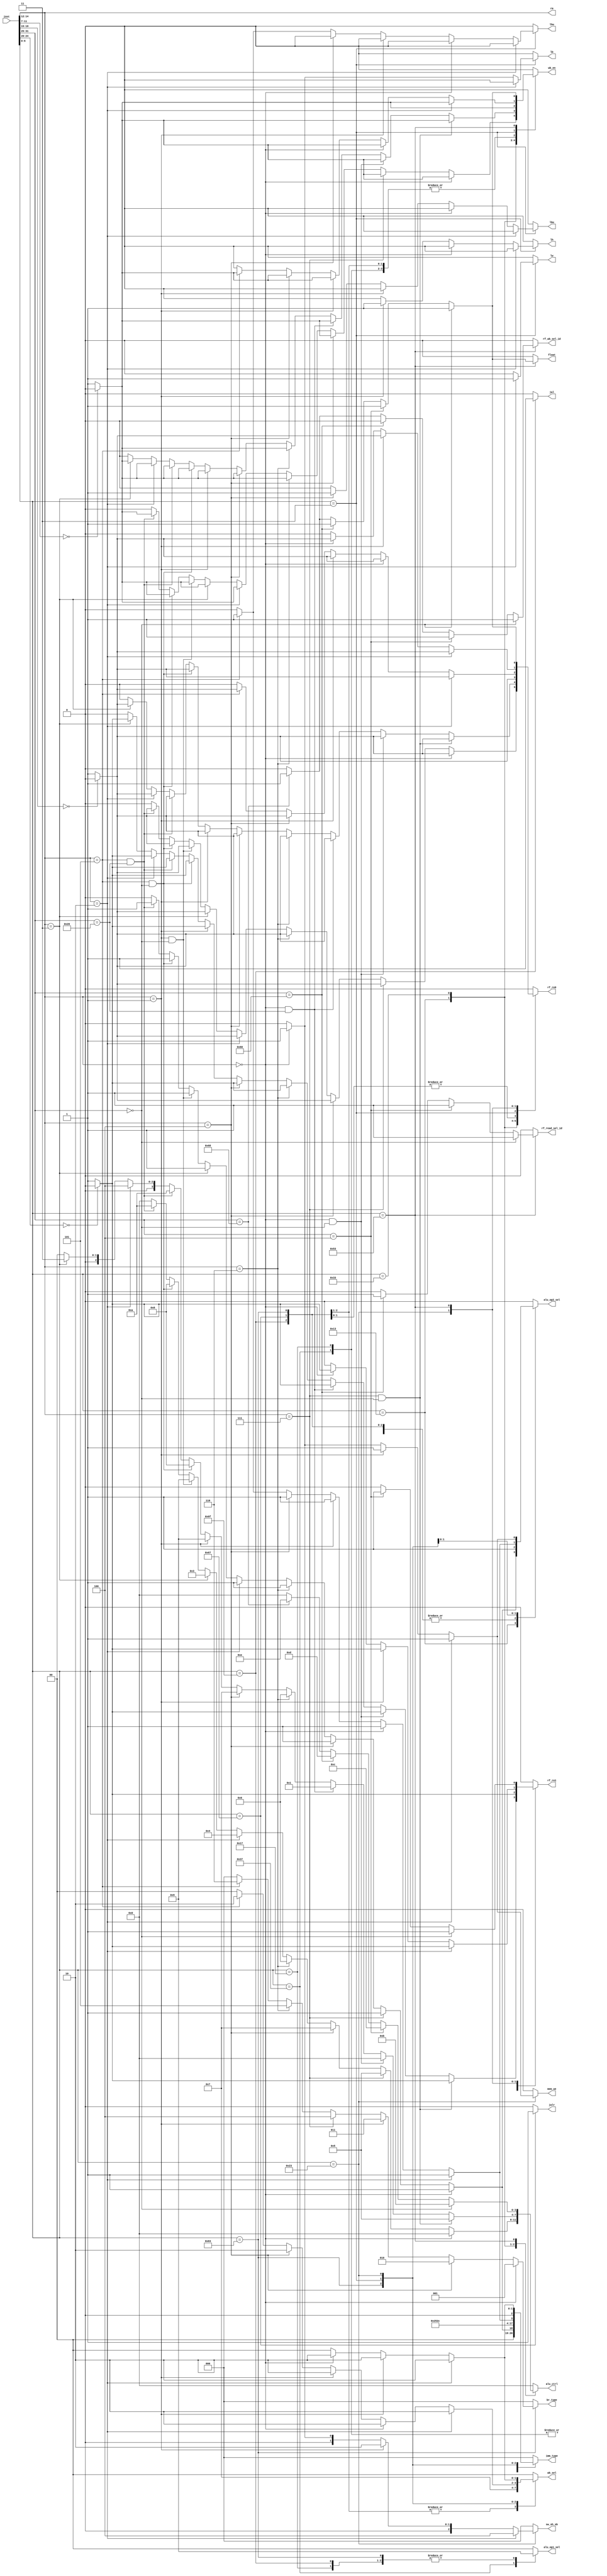
`timescale 1ns / 1ps

module CTRL(
input     [31:0] inst,
output reg       jal,jalr,
output reg [2:0] br_type,
output reg       wb_en,//write_back,RF
output reg [1:0] wb_sel,
output reg [1:0] alu_op1_sel,
output reg       alu_op2_sel,
output reg [3:0] alu_ctrl,
output reg [2:0] imm_type,
output reg       mem_we,
output reg       lb,lw,lh,lbu,lhu,
output reg [2:0] sw_sh_sb,

output reg rf_re0,
output reg rf_re1,

output reg float,//
output reg rf_read_sel_id,//
output reg rf_wb_sel_id,//
output [2:0] rm
);

assign rm=inst[14:12];

always @(*) begin
    case (inst[6:0])
        7'b0010011: begin
        if(inst[14:12]==3'b000)//addi
        begin 
            jal=0;
            jalr=0;
            lb=0;lh=0;lw=0;lbu=0;lhu=0;
            sw_sh_sb=3'b000;
            br_type=3'b00;//not branch
            if(inst[11:7]==3'b000) wb_en=1'b0;//write back
            else wb_en=1'b1;
            wb_sel=2'b0;//alu out
            alu_op1_sel=2'b00;//inst[19:15]
            alu_op2_sel=1'b1;//imm
            alu_ctrl=4'b0000;//+
            imm_type=3'b001;//I-type
            mem_we=1'b0;//do not write mem

            if(inst[19:15]==3'b000) rf_re0=1'b0;
            else rf_re0=1'b1;
            rf_re1=1'b0;

            float=0;
            rf_read_sel_id=0;
            rf_wb_sel_id=0;
        end
        else if(inst[14:12]==3'b111)//andi
        begin
            jal=0;
            jalr=0;
            lb=0;lh=0;lw=0;lbu=0;lhu=0;
            sw_sh_sb=3'b000;
            br_type=3'b00;//not branch
            if(inst[11:7]==3'b000) wb_en=1'b0;//write back
            else wb_en=1'b1;
            wb_sel=2'b0;//alu out
            alu_op1_sel=2'b00;//inst[19:15]
            alu_op2_sel=1'b1;//imm
            alu_ctrl=4'b0101;//&
            imm_type=3'b001;//I-type
            mem_we=1'b0;//do not write mem

            if(inst[19:15]==3'b000) rf_re0=1'b0;
            else rf_re0=1'b1;
            rf_re1=1'b0;

            float=0;
            rf_read_sel_id=0;
            rf_wb_sel_id=0;
        end
        else if(inst[14:12]==3'b100)//xori
        begin
            jal=0;
            jalr=0;
            lb=0;lh=0;lw=0;lbu=0;lhu=0;
            sw_sh_sb=3'b000;
            br_type=3'b00;//not branch
            if(inst[11:7]==3'b000) wb_en=1'b0;//write back
            else wb_en=1'b1;
            wb_sel=2'b0;//alu out
            alu_op1_sel=2'b00;//inst[19:15]
            alu_op2_sel=1'b1;//imm
            alu_ctrl=4'b0111;//^
            imm_type=3'b001;//I-type
            mem_we=1'b0;//do not write mem

            if(inst[19:15]==3'b000) rf_re0=1'b0;
            else rf_re0=1'b1;
            rf_re1=1'b0;

            float=0;
            rf_read_sel_id=0;
            rf_wb_sel_id=0;
        end
        else if(inst[14:12]==3'b110)//ori
        begin
            jal=0;
            jalr=0;
            lb=0;lh=0;lw=0;lbu=0;lhu=0;
            sw_sh_sb=3'b000;
            br_type=3'b00;//not branch
            if(inst[11:7]==3'b000) wb_en=1'b0;//write back
            else wb_en=1'b1;
            wb_sel=2'b0;//alu out
            alu_op1_sel=2'b00;//inst[19:15]
            alu_op2_sel=1'b1;//imm
            alu_ctrl=4'b0110;//|
            imm_type=3'b001;//I-type
            mem_we=1'b0;//do not write mem

            if(inst[19:15]==3'b000) rf_re0=1'b0;
            else rf_re0=1'b1;
            rf_re1=1'b0;

            float=0;
            rf_read_sel_id=0;
            rf_wb_sel_id=0;
        end
        else if(inst[14:12]==3'b010)//slti
        begin
            jal=0;
            jalr=0;
            lb=0;lh=0;lw=0;lbu=0;lhu=0;
            sw_sh_sb=3'b000;
            br_type=3'b00;//not branch
            if(inst[11:7]==3'b000) wb_en=1'b0;//write back
            else wb_en=1'b1;
            wb_sel=2'b0;//alu out
            alu_op1_sel=2'b00;//inst[19:15]
            alu_op2_sel=1'b1;//imm
            alu_ctrl=4'b0100;//< signed
            imm_type=3'b001;//I-type
            mem_we=1'b0;//do not write mem

            if(inst[19:15]==3'b000) rf_re0=1'b0;
            else rf_re0=1'b1;
            rf_re1=1'b0;

            float=0;
            rf_read_sel_id=0;
            rf_wb_sel_id=0;
        end
        else if(inst[14:12]==3'b011)//sltiu
        begin
            jal=0;
            jalr=0;
            lb=0;lh=0;lw=0;lbu=0;lhu=0;
            sw_sh_sb=3'b000;
            br_type=3'b00;//not branch
            if(inst[11:7]==3'b000) wb_en=1'b0;//write back
            else wb_en=1'b1;
            wb_sel=2'b0;//alu out
            alu_op1_sel=2'b00;//inst[19:15]
            alu_op2_sel=1'b1;//imm
            alu_ctrl=4'b0011;//< unsigned
            imm_type=3'b001;//I-type
            mem_we=1'b0;//do not write mem

            if(inst[19:15]==3'b000) rf_re0=1'b0;
            else rf_re0=1'b1;
            rf_re1=1'b0;

            float=0;
            rf_read_sel_id=0;
            rf_wb_sel_id=0;
        end
        else if(inst[14:12]==3'b001 && inst[31:25]==7'b0)//slli
        begin
            jal=0;
            jalr=0;
            lb=0;lh=0;lw=0;lbu=0;lhu=0;
            sw_sh_sb=3'b000;
            br_type=3'b00;//not branch
            if(inst[11:7]==3'b000) wb_en=1'b0;//write back
            else wb_en=1'b1;
            wb_sel=2'b0;//alu out
            alu_op1_sel=2'b00;//inst[19:15]
            alu_op2_sel=1'b1;//imm
            alu_ctrl=4'b1001;//<<
            imm_type=3'b001;//I-type
            mem_we=1'b0;//do not write mem

            if(inst[19:15]==3'b000) rf_re0=1'b0;
            else rf_re0=1'b1;
            rf_re1=1'b0;

            float=0;
            rf_read_sel_id=0;
            rf_wb_sel_id=0;
        end
        else if(inst[14:12]==3'b101 && inst[31:25]==7'b0)//srli
        begin
            jal=0;
            jalr=0;
            lb=0;lh=0;lw=0;lbu=0;lhu=0;
            sw_sh_sb=3'b000;
            br_type=3'b00;//not branch
            if(inst[11:7]==3'b000) wb_en=1'b0;//write back
            else wb_en=1'b1;
            wb_sel=2'b0;//alu out
            alu_op1_sel=2'b00;//inst[19:15]
            alu_op2_sel=1'b1;//imm
            alu_ctrl=4'b1000;//>>
            imm_type=3'b001;//I-type
            mem_we=1'b0;//do not write mem

            if(inst[19:15]==3'b000) rf_re0=1'b0;
            else rf_re0=1'b1;
            rf_re1=1'b0;

            float=0;
            rf_read_sel_id=0;
            rf_wb_sel_id=0;
        end
        else if(inst[14:12]==3'b101 && inst[31:25]==7'b0100000)//srai
        begin
            jal=0;
            jalr=0;
            lb=0;lh=0;lw=0;lbu=0;lhu=0;
            sw_sh_sb=3'b000;
            br_type=3'b00;//not branch
            if(inst[11:7]==3'b000) wb_en=1'b0;//write back
            else wb_en=1'b1;
            wb_sel=2'b0;//alu out
            alu_op1_sel=2'b00;//inst[19:15]
            alu_op2_sel=1'b1;//imm
            alu_ctrl=4'b1010;//>>>
            imm_type=3'b001;//I-type
            mem_we=1'b0;//do not write mem

            if(inst[19:15]==3'b000) rf_re0=1'b0;
            else rf_re0=1'b1;
            rf_re1=1'b0;

            float=0;
            rf_read_sel_id=0;
            rf_wb_sel_id=0;
        end
        else//0
            begin
                jal=0;
                jalr=0;
                lb=0;lh=0;lw=0;lbu=0;lhu=0;
                sw_sh_sb=3'b000;
                br_type=3'b00;//not branch
                wb_en=1'b0;//do not write back
                wb_sel=2'b00;//
                alu_op1_sel=2'b00;//rs1
                alu_op2_sel=1'b0;//rs2
                alu_ctrl=4'b0000;//+
                imm_type=3'b000;//R-type
                mem_we=1'b0;//do not write mem
                rf_re0=1'b0;
                rf_re1=1'b0;
                float=0;
                rf_read_sel_id=0;
                rf_wb_sel_id=0;
            end
        end

        7'b0110011: begin 
            if(inst[14:12]==3'b111 && inst[31:25]==7'b0)//and
            begin
                jal=0;
                jalr=0;
                lb=0;lh=0;lw=0;lbu=0;lhu=0;
                sw_sh_sb=3'b000;
                br_type=3'b00;//not branch
                if(inst[11:7]==3'b000) wb_en=1'b0;//write back
                else wb_en=1'b1;
                wb_sel=2'b0;//alu out
                alu_op1_sel=2'b00;//inst[19:15]
                alu_op2_sel=1'b0;//inst[24:20]
                alu_ctrl=4'b0101;//&
                imm_type=3'b000;//R-type
                mem_we=1'b0;//do not write mem

                if(inst[19:15]==3'b000) rf_re0=1'b0;
                else rf_re0=1'b1;
                if(inst[24:20]==3'b000) rf_re1=1'b0;
                else rf_re1=1'b1;

                float=0;
                rf_read_sel_id=0;
                rf_wb_sel_id=0;
            end
            else if(inst[14:12]==3'b000 && inst[31:25]==7'b0)//add
            begin
                jal=0;
                jalr=0;
                lb=0;lh=0;lw=0;lbu=0;lhu=0;
                sw_sh_sb=3'b000;
                br_type=3'b00;//not branch
                if(inst[11:7]==3'b000) wb_en=1'b0;//write back
                else wb_en=1'b1;
                wb_sel=2'b0;//alu out
                alu_op1_sel=2'b00;//inst[19:15]
                alu_op2_sel=1'b0;//inst[24:20]
                alu_ctrl=4'b0000;//+
                imm_type=3'b000;//R-type
                mem_we=1'b0;//do not write mem

                if(inst[19:15]==3'b000) rf_re0=1'b0;
                else rf_re0=1'b1;
                if(inst[24:20]==3'b000) rf_re1=1'b0;
                else rf_re1=1'b1;

                float=0;
                rf_read_sel_id=0;
                rf_wb_sel_id=0;
            end
            else if(inst[14:12]==3'b000 && inst[31:25]==7'b0100000)//sub
            begin
                jal=0;
                jalr=0;
                lb=0;lh=0;lw=0;lbu=0;lhu=0;
                sw_sh_sb=3'b000;
                br_type=3'b00;//not branch
                if(inst[11:7]==3'b000) wb_en=1'b0;//write back
                else wb_en=1'b1;
                wb_sel=2'b0;//alu out
                alu_op1_sel=2'b00;//inst[19:15]
                alu_op2_sel=1'b0;//inst[24:20]
                alu_ctrl=4'b0001;//-
                imm_type=3'b000;//R-type
                mem_we=1'b0;//do not write mem

                if(inst[19:15]==3'b000) rf_re0=1'b0;
                else rf_re0=1'b1;
                if(inst[24:20]==3'b000) rf_re1=1'b0;
                else rf_re1=1'b1;

                float=0;
                rf_read_sel_id=0;
                rf_wb_sel_id=0;
            end
            else if(inst[14:12]==3'b110)//or
            begin
                jal=0;
                jalr=0;
                lb=0;lh=0;lw=0;lbu=0;lhu=0;
                sw_sh_sb=3'b000;
                br_type=3'b00;//not branch
                if(inst[11:7]==3'b000) wb_en=1'b0;//write back
                else wb_en=1'b1;
                wb_sel=2'b0;//alu out
                alu_op1_sel=2'b00;//inst[19:15]
                alu_op2_sel=1'b0;//inst[24:20]
                alu_ctrl=4'b0110;//|
                imm_type=3'b000;//R-type
                mem_we=1'b0;//do not write mem

                if(inst[19:15]==3'b000) rf_re0=1'b0;
                else rf_re0=1'b1;
                if(inst[24:20]==3'b000) rf_re1=1'b0;
                else rf_re1=1'b1;

                float=0;
                rf_read_sel_id=0;
                rf_wb_sel_id=0;
            end
            else if(inst[14:12]==3'b100)//xor
            begin
                jal=0;
                jalr=0;
                lb=0;lh=0;lw=0;lbu=0;lhu=0;
                sw_sh_sb=3'b000;
                br_type=3'b00;//not branch
                if(inst[11:7]==3'b000) wb_en=1'b0;//write back
                else wb_en=1'b1;
                wb_sel=2'b0;//alu out
                alu_op1_sel=2'b00;//inst[19:15]
                alu_op2_sel=1'b0;//inst[24:20]
                alu_ctrl=4'b0111;//^
                imm_type=3'b000;//R-type
                mem_we=1'b0;//do not write mem

                if(inst[19:15]==3'b000) rf_re0=1'b0;
                else rf_re0=1'b1;
                if(inst[24:20]==3'b000) rf_re1=1'b0;
                else rf_re1=1'b1;

                float=0;
                rf_read_sel_id=0;
                rf_wb_sel_id=0;
            end
            else if(inst[14:12]==3'b001)//sll
            begin
                jal=0;
                jalr=0;
                lb=0;lh=0;lw=0;lbu=0;lhu=0;
                sw_sh_sb=3'b000;
                br_type=3'b00;//not branch
                if(inst[11:7]==3'b000) wb_en=1'b0;//write back
                else wb_en=1'b1;
                wb_sel=2'b0;//alu out
                alu_op1_sel=2'b00;//inst[19:15]
                alu_op2_sel=1'b0;//inst[24:20]
                alu_ctrl=4'b1001;//<<
                imm_type=3'b000;//R-type
                mem_we=1'b0;//do not write mem

                if(inst[19:15]==3'b000) rf_re0=1'b0;
                else rf_re0=1'b1;
                if(inst[24:20]==3'b000) rf_re1=1'b0;
                else rf_re1=1'b1;

                float=0;
                rf_read_sel_id=0;
                rf_wb_sel_id=0;
            end
            else if(inst[14:12]==3'b101 && inst[31:25]==7'b0000000)//srl
            begin
                jal=0;
                jalr=0;
                lb=0;lh=0;lw=0;lbu=0;lhu=0;
                sw_sh_sb=3'b000;
                br_type=3'b00;//not branch
                if(inst[11:7]==3'b000) wb_en=1'b0;//write back
                else wb_en=1'b1;
                wb_sel=2'b0;//alu out
                alu_op1_sel=2'b00;//inst[19:15]
                alu_op2_sel=1'b0;//inst[24:20]
                alu_ctrl=4'b1000;//>>
                imm_type=3'b000;//R-type
                mem_we=1'b0;//do not write mem

                if(inst[19:15]==3'b000) rf_re0=1'b0;
                else rf_re0=1'b1;
                if(inst[24:20]==3'b000) rf_re1=1'b0;
                else rf_re1=1'b1;

                float=0;
                rf_read_sel_id=0;
                rf_wb_sel_id=0;
            end
            else if(inst[14:12]==3'b101 && inst[31:25]==7'b0100000)//sra
            begin
                jal=0;
                jalr=0;
                lb=0;lh=0;lw=0;lbu=0;lhu=0;
                sw_sh_sb=3'b000;
                br_type=3'b00;//not branch
                if(inst[11:7]==3'b000) wb_en=1'b0;//write back
                else wb_en=1'b1;
                wb_sel=2'b0;//alu out
                alu_op1_sel=2'b00;//inst[19:15]
                alu_op2_sel=1'b0;//inst[24:20]
                alu_ctrl=4'b1010;//>>>
                imm_type=3'b000;//R-type
                mem_we=1'b0;//do not write mem

                if(inst[19:15]==3'b000) rf_re0=1'b0;
                else rf_re0=1'b1;
                if(inst[24:20]==3'b000) rf_re1=1'b0;
                else rf_re1=1'b1;

                float=0;
                rf_read_sel_id=0;
                rf_wb_sel_id=0;
            end
            else if(inst[14:12]==3'b010)//slt
            begin
                jal=0;
                jalr=0;
                lb=0;lh=0;lw=0;lbu=0;lhu=0;
                sw_sh_sb=3'b000;
                br_type=3'b00;//not branch
                if(inst[11:7]==3'b000) wb_en=1'b0;//write back
                else wb_en=1'b1;
                wb_sel=2'b0;//alu out
                alu_op1_sel=2'b00;//inst[19:15]
                alu_op2_sel=1'b0;//inst[24:20]
                alu_ctrl=4'b0100;//< signed
                imm_type=3'b000;//R-type
                mem_we=1'b0;//do not write mem

                if(inst[19:15]==3'b000) rf_re0=1'b0;
                else rf_re0=1'b1;
                if(inst[24:20]==3'b000) rf_re1=1'b0;
                else rf_re1=1'b1;

                float=0;
                rf_read_sel_id=0;
                rf_wb_sel_id=0;
            end
            else if(inst[14:12]==3'b011)//sltu
            begin
                jal=0;
                jalr=0;
                lb=0;lh=0;lw=0;lbu=0;lhu=0;
                sw_sh_sb=3'b000;
                br_type=3'b00;//not branch
                if(inst[11:7]==3'b000) wb_en=1'b0;//write back
                else wb_en=1'b1;
                wb_sel=2'b0;//alu out
                alu_op1_sel=2'b00;//inst[19:15]
                alu_op2_sel=1'b0;//inst[24:20]
                alu_ctrl=4'b0011;//< unsigned
                imm_type=3'b000;//R-type
                mem_we=1'b0;//do not write mem

                if(inst[19:15]==3'b000) rf_re0=1'b0;
                else rf_re0=1'b1;
                if(inst[24:20]==3'b000) rf_re1=1'b0;
                else rf_re1=1'b1;

                float=0;
                rf_read_sel_id=0;
                rf_wb_sel_id=0;
            end
            else//0
            begin
                jal=0;
                jalr=0;
                lb=0;lh=0;lw=0;lbu=0;lhu=0;
                sw_sh_sb=3'b000;
                br_type=3'b00;//not branch
                wb_en=1'b0;//do not write back
                wb_sel=2'b00;//
                alu_op1_sel=2'b00;//rs1
                alu_op2_sel=1'b0;//rs2
                alu_ctrl=4'b0000;//+
                imm_type=3'b000;//R-type
                mem_we=1'b0;//do not write mem

                rf_re0=1'b0;
                rf_re1=1'b0;

                float=0;
                rf_read_sel_id=0;
                rf_wb_sel_id=0;
            end
        end
        7'b0110111: begin //lui
            jal=0;
            jalr=0;
            lb=0;lh=0;lw=0;lbu=0;lhu=0;
            sw_sh_sb=3'b000;
            br_type=3'b00;//not branch
            if(inst[11:7]==3'b000) wb_en=1'b0;//write back
            else wb_en=1'b1;
            wb_sel=2'b0;//alu out
            alu_op1_sel=2'b10;//12
            alu_op2_sel=1'b1;//imm(12bit)
            alu_ctrl=4'b0000;//+
            imm_type=3'b100;//U-type
            mem_we=1'b0;//do not write mem

            rf_re0=1'b0;
            rf_re1=1'b0;

            float=0;
            rf_read_sel_id=0;
            rf_wb_sel_id=0;
        end
        7'b0010111: begin //auipc
            jal=0;
            jalr=0;
            lb=0;lh=0;lw=0;lbu=0;lhu=0;
            sw_sh_sb=3'b000;
            br_type=3'b00;//not branch
            if(inst[11:7]==3'b000) wb_en=1'b0;//write back
            else wb_en=1'b1;
            wb_sel=2'b0;//alu out
            alu_op1_sel=2'b01;//pc
            alu_op2_sel=1'b1;//imm(12bit)
            alu_ctrl=4'b0000;//+
            imm_type=3'b100;//U-type
            mem_we=1'b0;//do not write mem

            rf_re0=1'b0;
            rf_re1=1'b0;

            float=0;
            rf_read_sel_id=0;
            rf_wb_sel_id=0;
        end
        7'b1101111: begin //jal
            jal=1;
            jalr=0;
            lb=0;lh=0;lw=0;lbu=0;lhu=0;
            sw_sh_sb=3'b000;
            br_type=3'b00;//not branch
            if(inst[11:7]==3'b000) wb_en=1'b0;//write back
            else wb_en=1'b1;
            wb_sel=2'b01;//pc+4
            alu_op1_sel=2'b01;//inst[19:12],rs1
            alu_op2_sel=1'b1;//imm
            alu_ctrl=4'b0000;//+,NPC_sel
            imm_type=3'b101;//J-type
            mem_we=1'b0;//do not write mem

            rf_re0=1'b0;
            rf_re1=1'b0;

            float=0;
            rf_read_sel_id=0;
            rf_wb_sel_id=0;
        end
        7'b1100111: begin //jalr
            jal=0;
            jalr=1;
            lb=0;lh=0;lw=0;lbu=0;lhu=0;
            sw_sh_sb=3'b000;
            br_type=3'b00;//not branch
            if(inst[11:7]==3'b000) wb_en=1'b0;//write back
            else wb_en=1'b1;
            wb_sel=2'b01;//pc+4
            alu_op1_sel=2'b00;//rs1
            alu_op2_sel=1'b1;//imm
            alu_ctrl=4'b0000;//+,AND,NPC_sel
            imm_type=3'b001;//I-type
            mem_we=1'b0;//do not write mem

            if(inst[19:15]==3'b000) rf_re0=1'b0;
            else rf_re0=1'b1;
            rf_re1=1'b0;

            float=0;
            rf_read_sel_id=0;
            rf_wb_sel_id=0;
        end
        7'b1100011: begin 
            if(inst[14:12]==3'b000)//beq
                br_type=3'b001;//beq
            else if(inst[14:12]==3'b100)//blt
                br_type=3'b010;//blt
            else if(inst[14:12]==3'b001)//bne
                br_type=3'b011;//bne
            else if(inst[14:12]==3'b111)//bgeu
                br_type=3'b100;//bgeu
            else if(inst[14:12]==3'b110)//bltu
                br_type=3'b101;//bltu
            else if(inst[14:12]==3'b101)//bge
                br_type=3'b110;//bge
            else br_type=3'b000;//do not branch
            jal=0;
            jalr=0;
            lb=0;lh=0;lw=0;lbu=0;lhu=0;
            sw_sh_sb=3'b000;
            wb_en=1'b0;//do not write back
            wb_sel=2'b11;//
            alu_op1_sel=2'b01;//pc
            alu_op2_sel=1'b1;//imm
            alu_ctrl=4'b0000;//+
            imm_type=3'b011;//B-type
            mem_we=1'b0;//do not write mem

            if(inst[19:15]==3'b000) rf_re0=1'b0;
            else rf_re0=1'b1;
            if(inst[24:20]==3'b000) rf_re1=1'b0;
            else rf_re1=1'b1;

            float=0;
            rf_read_sel_id=0;
            rf_wb_sel_id=0;
        end
        7'b0000011: begin 
            if(inst[14:12]==3'b010)//lw
            begin
                jal=0;
                jalr=0;
                lb=0;lh=0;lw=1;lbu=0;lhu=0;
                sw_sh_sb=3'b000;
                br_type=3'b00;//not branch
                if(inst[11:7]==3'b000) wb_en=1'b0;//write back
                else wb_en=1'b1;
                wb_sel=2'b10;//mem_read_data
                alu_op1_sel=2'b00;//rs1
                alu_op2_sel=1'b1;//imm
                alu_ctrl=4'b0000;//+,mem_addr
                imm_type=3'b001;//I-type
                mem_we=1'b0;//do not write mem

                if(inst[19:15]==3'b000) rf_re0=1'b0;
                else rf_re0=1'b1;
                rf_re1=1'b0;

                float=0;
                rf_read_sel_id=0;
                rf_wb_sel_id=0;
            end
            else if(inst[14:12]==3'b000)//lb
            begin
                jal=0;
                jalr=0;
                lb=1;lh=0;lw=0;lbu=0;lhu=0;
                sw_sh_sb=3'b000;
                br_type=3'b00;//not branch
                if(inst[11:7]==3'b000) wb_en=1'b0;//write back
                else wb_en=1'b1;
                wb_sel=2'b10;//mem_read_data
                alu_op1_sel=2'b00;//rs1
                alu_op2_sel=1'b1;//imm
                alu_ctrl=4'b0000;//+,mem_addr
                imm_type=3'b001;//I-type
                mem_we=1'b0;//do not write mem

                if(inst[19:15]==3'b000) rf_re0=1'b0;
                else rf_re0=1'b1;
                rf_re1=1'b0;

                float=0;
                rf_read_sel_id=0;
                rf_wb_sel_id=0;
            end
            else if(inst[14:12]==3'b001)//lh
            begin
                jal=0;
                jalr=0;
                lb=0;lh=1;lw=0;lbu=0;lhu=0;
                sw_sh_sb=3'b000;
                br_type=3'b00;//not branch
                if(inst[11:7]==3'b000) wb_en=1'b0;//write back
                else wb_en=1'b1;
                wb_sel=2'b10;//mem_read_data
                alu_op1_sel=2'b00;//rs1
                alu_op2_sel=1'b1;//imm
                alu_ctrl=4'b0000;//+,mem_addr
                imm_type=3'b001;//I-type
                mem_we=1'b0;//do not write mem

                if(inst[19:15]==3'b000) rf_re0=1'b0;
                else rf_re0=1'b1;
                rf_re1=1'b0;

                float=0;
                rf_read_sel_id=0;
                rf_wb_sel_id=0;
            end
            else if(inst[14:12]==3'b100)//lbu
            begin
                jal=0;
                jalr=0;
                lb=0;lh=0;lw=0;lbu=1;lhu=0;
                sw_sh_sb=3'b000;
                br_type=3'b00;//not branch
                if(inst[11:7]==3'b000) wb_en=1'b0;//write back
                else wb_en=1'b1;
                wb_sel=2'b10;//mem_read_data
                alu_op1_sel=2'b00;//rs1
                alu_op2_sel=1'b1;//imm
                alu_ctrl=4'b0000;//+,mem_addr
                imm_type=3'b001;//I-type
                mem_we=1'b0;//do not write mem

                if(inst[19:15]==3'b000) rf_re0=1'b0;
                else rf_re0=1'b1;
                rf_re1=1'b0;

                float=0;
                rf_read_sel_id=0;
                rf_wb_sel_id=0;
            end
            else if(inst[14:12]==3'b101)//lhu
            begin
                jal=0;
                jalr=0;
                lb=0;lh=0;lw=0;lbu=0;lhu=1;
                sw_sh_sb=3'b000;
                br_type=3'b00;//not branch
                if(inst[11:7]==3'b000) wb_en=1'b0;//write back
                else wb_en=1'b1;
                wb_sel=2'b10;//mem_read_data
                alu_op1_sel=2'b00;//rs1
                alu_op2_sel=1'b1;//imm
                alu_ctrl=4'b0000;//+,mem_addr
                imm_type=3'b001;//I-type
                mem_we=1'b0;//do not write mem

                if(inst[19:15]==3'b000) rf_re0=1'b0;
                else rf_re0=1'b1;
                rf_re1=1'b0;

                float=0;
                rf_read_sel_id=0;
                rf_wb_sel_id=0;
            end
            else begin
                jal=0;
                jalr=0;
                lb=0;lh=0;lw=0;lbu=0;lhu=0;
                sw_sh_sb=3'b000;
                br_type=3'b00;//not branch
                wb_en=1'b0;//do not write back
                wb_sel=2'b00;//
                alu_op1_sel=2'b00;//rs1
                alu_op2_sel=1'b0;//rs2
                alu_ctrl=4'b0000;//+
                imm_type=3'b000;//R-type
                mem_we=1'b0;//do not write mem

                rf_re0=1'b0;
                rf_re1=1'b0;

                float=0;
                rf_read_sel_id=0;
                rf_wb_sel_id=0;
            end
        end
        7'b0100011: begin 
            if(inst[14:12]==3'b010)//sw
            begin
                jal=0;
                jalr=0;
                lb=0;lh=0;lw=0;lbu=0;lhu=0;
                sw_sh_sb=3'b100;
                br_type=3'b00;//not branch
                wb_en=1'b0;//do not write back
                wb_sel=2'b10;//
                alu_op1_sel=2'b00;//rs1
                alu_op2_sel=1'b1;//imm
                alu_ctrl=4'b0000;//+,mem_addr
                imm_type=3'b010;//S-type
                mem_we=1'b1;//write mem

                if(inst[19:15]==3'b000) rf_re0=1'b0;
                else rf_re0=1'b1;
                if(inst[24:20]==3'b000) rf_re1=1'b0;
                else rf_re1=1'b1;

                float=0;
                rf_read_sel_id=0;
                rf_wb_sel_id=0;
            end
            else if(inst[14:12]==3'b001)//sh
            begin
                jal=0;
                jalr=0;
                lb=0;lh=0;lw=0;lbu=0;lhu=0;
                sw_sh_sb=3'b010;
                br_type=3'b00;//not branch
                wb_en=1'b0;//do not write back
                wb_sel=2'b10;//
                alu_op1_sel=2'b00;//rs1
                alu_op2_sel=1'b1;//imm
                alu_ctrl=4'b0000;//+,mem_addr
                imm_type=3'b010;//S-type
                mem_we=1'b1;//write mem

                if(inst[19:15]==3'b000) rf_re0=1'b0;
                else rf_re0=1'b1;
                if(inst[24:20]==3'b000) rf_re1=1'b0;
                else rf_re1=1'b1;

                float=0;
                rf_read_sel_id=0;
                rf_wb_sel_id=0;
            end
            else if(inst[14:12]==3'b000)//sb
            begin
                jal=0;
                jalr=0;
                lb=0;lh=0;lw=0;lbu=0;lhu=0;
                sw_sh_sb=3'b001;
                br_type=3'b00;//not branch
                wb_en=1'b0;//do not write back
                wb_sel=2'b10;//
                alu_op1_sel=2'b00;//rs1
                alu_op2_sel=1'b1;//imm
                alu_ctrl=4'b0000;//+,mem_addr
                imm_type=3'b010;//S-type
                mem_we=1'b1;//write mem

                if(inst[19:15]==3'b000) rf_re0=1'b0;
                else rf_re0=1'b1;
                if(inst[24:20]==3'b000) rf_re1=1'b0;
                else rf_re1=1'b1;

                float=0;
                rf_read_sel_id=0;
                rf_wb_sel_id=0;
            end
            else begin
                // 0
                jal=0;
                jalr=0;
                lb=0;lh=0;lw=0;lbu=0;lhu=0;
                sw_sh_sb=3'b000;
                br_type=3'b00;//not branch
                wb_en=1'b0;//do not write back
                wb_sel=2'b00;//
                alu_op1_sel=2'b00;//rs1
                alu_op2_sel=1'b0;//rs2
                alu_ctrl=4'b0000;//+
                imm_type=3'b000;//R-type
                mem_we=1'b0;//do not write mem

                rf_re0=1'b0;
                rf_re1=1'b0;

                float=0;
                rf_read_sel_id=0;
                rf_wb_sel_id=0;
            end
        end

        // floating point instruction //
        7'b1010011: begin
            if(inst[31:25]==7'b0) begin//fadd.s
                jal=0;
                jalr=0;
                lb=0;lh=0;lw=0;lbu=0;lhu=0;
                sw_sh_sb=3'b000;
                br_type=3'b00;//not branch
                wb_en=1'b1;//write back
                wb_sel=2'b00;//alu
                alu_op1_sel=2'b00;//rs1
                alu_op2_sel=1'b0;//rs2
                alu_ctrl=4'b1011;//fadd
                imm_type=3'b000;//R-type
                mem_we=1'b0;//do not write mem

                rf_re0=1'b1;
                rf_re1=1'b1;

                float=1;
                rf_read_sel_id=1;
                rf_wb_sel_id=1;
            end
            else if(inst[31:25]==7'b0000100) begin//fsub.s
                jal=0;
                jalr=0;
                lb=0;lh=0;lw=0;lbu=0;lhu=0;
                sw_sh_sb=3'b000;
                br_type=3'b00;//not branch
                wb_en=1'b1;//write back
                wb_sel=2'b00;//alu
                alu_op1_sel=2'b00;//rs1
                alu_op2_sel=1'b0;//rs2
                alu_ctrl=4'b1100;//fsub
                imm_type=3'b000;//R-type
                mem_we=1'b0;//do not write mem

                rf_re0=1'b1;
                rf_re1=1'b1;

                float=1;
                rf_read_sel_id=1;
                rf_wb_sel_id=1;
            end
            else if(inst[31:25]==7'b1100000) begin//fcvt.w.s
                jal=0;
                jalr=0;
                lb=0;lh=0;lw=0;lbu=0;lhu=0;
                sw_sh_sb=3'b000;
                br_type=3'b00;//not branch
                wb_en=1'b1;//write back
                wb_sel=2'b00;//alu
                alu_op1_sel=2'b00;//rs1
                alu_op2_sel=1'b0;//rs2
                alu_ctrl=4'b1101;//fcvt.w.s
                imm_type=3'b000;//R-type
                mem_we=1'b0;//do not write mem

                rf_re0=1'b1;
                rf_re1=1'b0;
                
                float=1;
                rf_read_sel_id=1;
                rf_wb_sel_id=0;
            end
            else if(inst[31:25]==7'b1101000) begin//fcvt.s.w
                jal=0;
                jalr=0;
                lb=0;lh=0;lw=0;lbu=0;lhu=0;
                sw_sh_sb=3'b000;
                br_type=3'b00;//not branch
                wb_en=1'b1;//write back
                wb_sel=2'b00;//alu
                alu_op1_sel=2'b00;//rs1
                alu_op2_sel=1'b0;//rs2
                alu_ctrl=4'b1110;//fcvt.s.w
                imm_type=3'b000;//R-type
                mem_we=1'b0;//do not write mem

                rf_re0=1'b1;
                rf_re1=1'b0;
                
                float=1;
                rf_read_sel_id=0;
                rf_wb_sel_id=1;
            end
            else begin
                jal=0;
                jalr=0;
                lb=0;lh=0;lw=0;lbu=0;lhu=0;
                sw_sh_sb=3'b000;
                br_type=3'b00;//not branch
                wb_en=1'b0;//do not write back
                wb_sel=2'b00;//
                alu_op1_sel=2'b00;//rs1
                alu_op2_sel=1'b0;//rs2
                alu_ctrl=4'b0000;//+
                imm_type=3'b000;//R-type
                mem_we=1'b0;//do not write mem

                rf_re0=1'b0;
                rf_re1=1'b0;
                float=0;
                rf_read_sel_id=0;
                rf_wb_sel_id=0;
            end
        end

        default: begin
            // 0
            jal=0;
            jalr=0;
            lb=0;lh=0;lw=0;lbu=0;lhu=0;
            sw_sh_sb=3'b000;
            br_type=3'b00;//not branch
            wb_en=1'b0;//do not write back
            wb_sel=2'b00;//
            alu_op1_sel=2'b00;//rs1
            alu_op2_sel=1'b0;//rs2
            alu_ctrl=4'b0000;//+
            imm_type=3'b000;//R-type
            mem_we=1'b0;//do not write mem

            rf_re0=1'b0;
            rf_re1=1'b0;
            float=0;
            rf_read_sel_id=0;
            rf_wb_sel_id=0;
        end
    endcase
end
endmodule